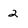
Character: 2